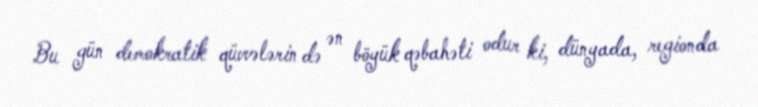
Bu gün demokratik qüvvələrin də ən böyük qəbahəti odur ki, dünyada, regionda